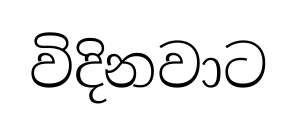
විදිනවාට